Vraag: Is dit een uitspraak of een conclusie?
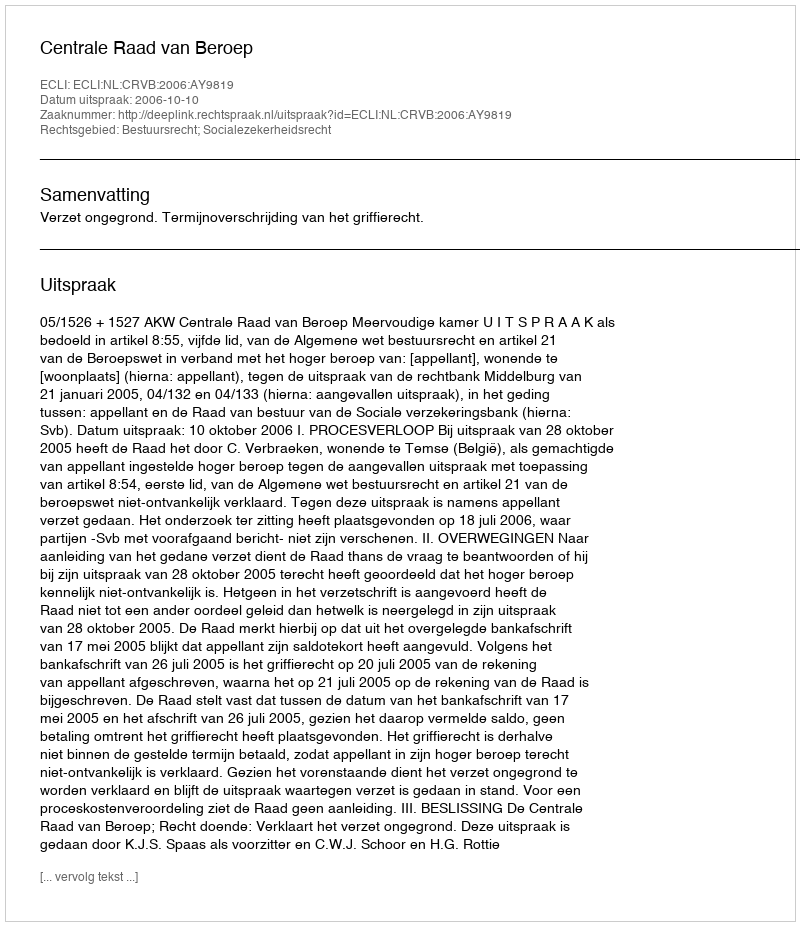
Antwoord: Uitspraak